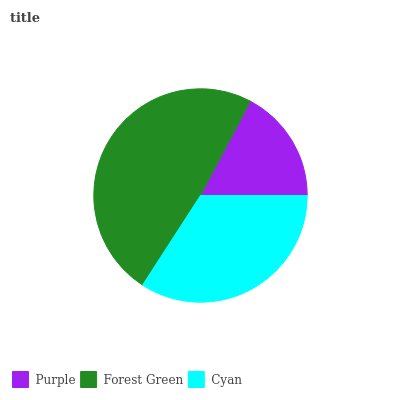
| Purple | Forest Green | Cyan |
 | --- | --- | --- |
 | 17.2% | 48.6% | 34.1% |